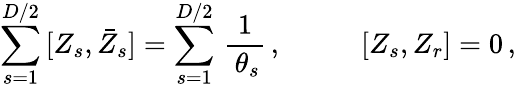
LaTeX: \begin{array}{ll}{{\displaystyle{\sum_{s=1}^{D/2}\, [Z_{s},\bar{Z}_{s}]=\sum_{s=1}^{D/2}\, \frac{1}{\, \theta_{s}}}\, ,~~~}}&{{~~~~[Z_{s},Z_{r}]=0\, ,}}\end{array}